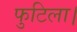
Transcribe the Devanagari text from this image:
फुटिला।